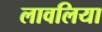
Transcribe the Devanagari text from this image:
लावलिया